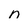
Character: n